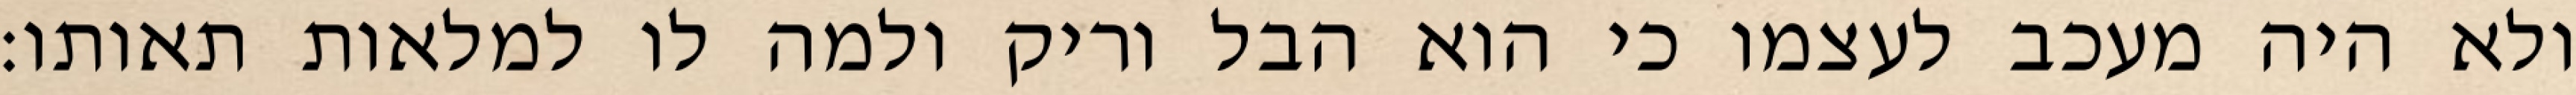
ולא היה מעכב לעצמו כי הוא הבל וריק ולמה לו למלאות תאותו: